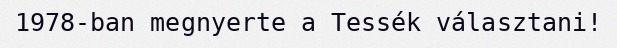
1978-ban megnyerte a Tessék választani!